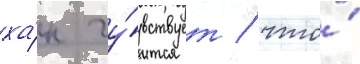
ха́н чу́вствует / что́